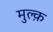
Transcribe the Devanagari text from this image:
मुल्क़